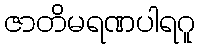
ဇာတိမရဏပါရဂူ